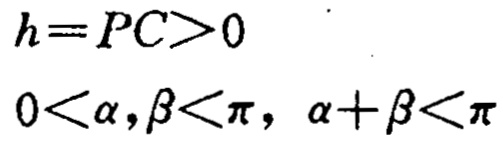
\[

\begin{align*}

h&=PC>0\\

0&<\alpha,\beta<\pi,\ \alpha + \beta<\pi

\end{align*}

\]